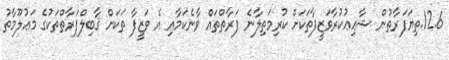
12.6.ތިޔަފަރާތުން ޝާޢިޢުކުރާވަޒީފާތަކަށް ކުރިމަތިލާނެ ފަރާތްތައް ވާނެކަމާއި އެ ވަޒީފާ ތަކަށް ޤާބިލްފަރާތްތަކުގެ މަޢުލޫމާތު